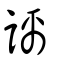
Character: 謧